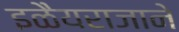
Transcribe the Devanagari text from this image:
इळैयराजाने